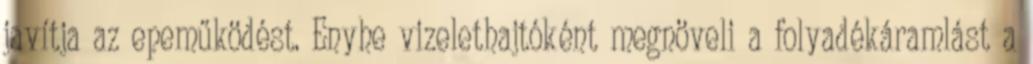
javítja az epeműködést. Enyhe vizelethajtóként megnöveli a folyadékáramlást a